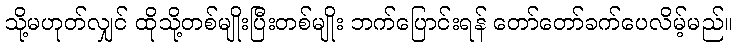
သို့မဟုတ်လျှင် ထိုသို့တစ်မျိုးပြီးတစ်မျိုး ဘက်ပြောင်းရန် တော်တော်ခက်ပေလိမ့်မည်။